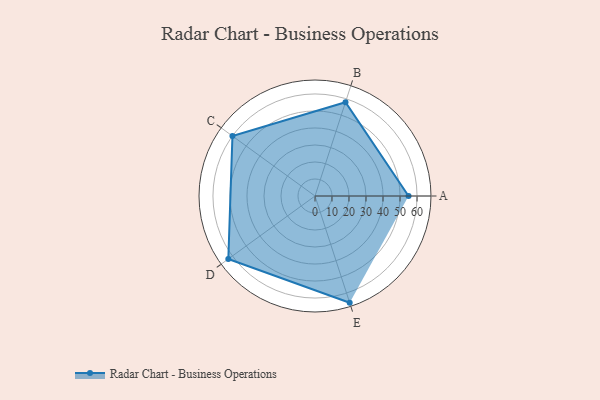
{"axis": {"x": "Skill", "y": "Score"}, "legend": ["Profile"], "data": [{"x": "A", "y": 55.0, "type": "Profile"}, {"x": "B", "y": 58.0, "type": "Profile"}, {"x": "C", "y": 60.0, "type": "Profile"}, {"x": "D", "y": 63.0, "type": "Profile"}, {"x": "E", "y": 66.0, "type": "Profile"}]}